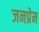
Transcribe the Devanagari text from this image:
जनप्रेम